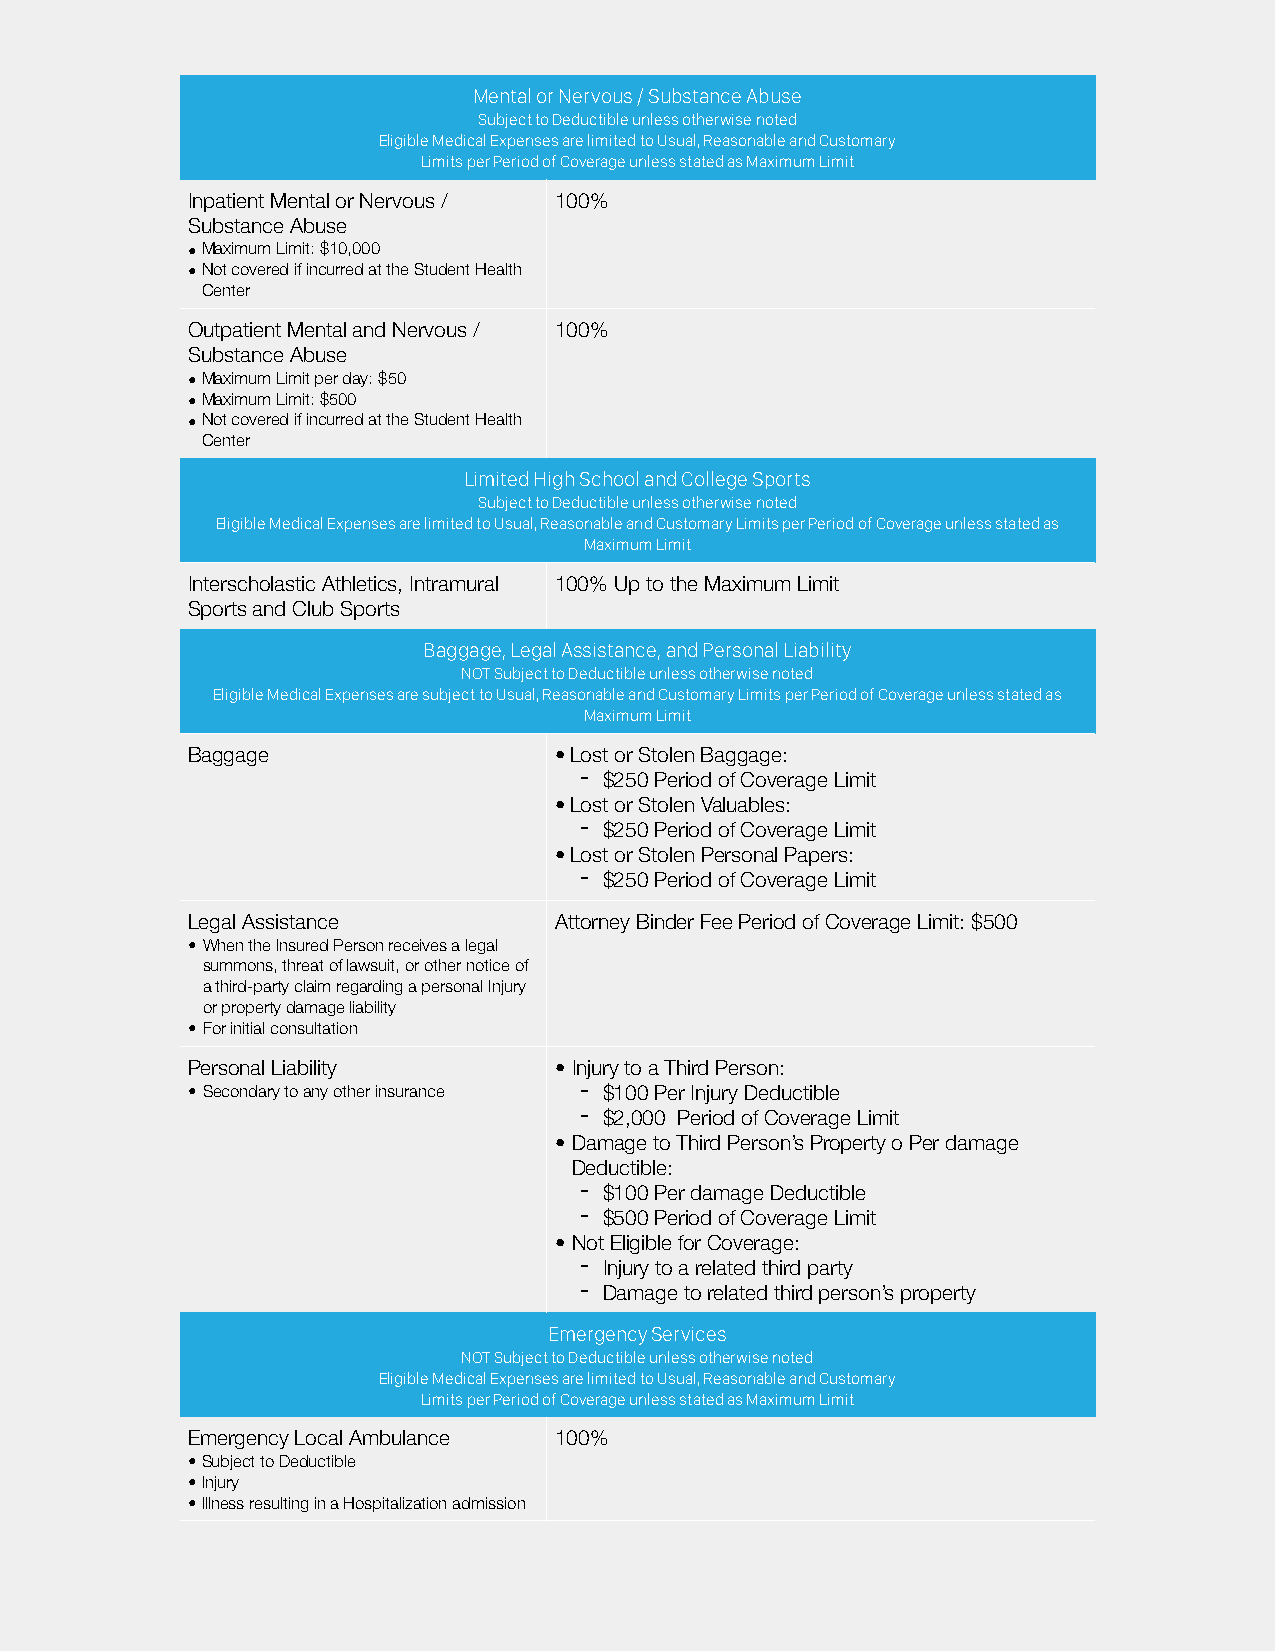
Mental or Nervous / Substance Abuse
 Subject to Deductible unless otherwise noted
 Eligible Medical Expenses are limited to Usual, Reasonable and Customary
 Limits per Period of Coverage unless stated as Maximum Limit
 Inpatient Mental or Nervous / 100%
 Substance Abuse
 •Maximum Limit: $10,000
 •Not covered if incurred at the Student Health
 Center
 Outpatient Mental and Nervous / 100%
 Substance Abuse
 •Maximum Limit per day: $50
 •Maximum Limit: $500
 •Not covered if incurred at the Student Health
 Center
 Limited High School and College Sports
 Subject to Deductible unless otherwise noted
 Eligible Medical Expenses are limited to Usual, Reasonable and Customary Limits per Period of Coverage unless stated as
 Maximum Limit
 Interscholastic Athletics, Intramural 100% Up to the Maximum Limit
 Sports and Club Sports
 Baggage, Legal Assistance, and Personal Liability
 NOT Subject to Deductible unless otherwise noted
 Eligible Medical Expenses are subject to Usual, Reasonable and Customary Limits per Period of Coverage unless stated as
 Maximum Limit
 Baggage                  •Lost or Stolen Baggage:
 - $250 Period of Coverage Limit
 •Lost or Stolen Valuables:
 - $250 Period of Coverage Limit
 •Lost or Stolen Personal Papers:
 - $250 Period of Coverage Limit
 Legal Assistance         Attorney Binder Fee Period of Coverage Limit: $500
 • When the Insured Person receives a legal
 summons, threat of lawsuit, or other notice of
 a third-party claim regarding a personal Injury
 or property damage liability
 • For initial consultation
 Personal Liability       • Injury to a Third Person:
 • Secondary to any other insurance - $100 Per Injury Deductible
 - $2,000 Period of Coverage Limit
 • Damage to Third Person’s Property o Per damage
 Deductible:
 - $100 Per damage Deductible
 - $500 Period of Coverage Limit
 • Not Eligible for Coverage:
 - Injury to a related third party
 - Damage to related third person’s property
 Emergency Services
 NOT Subject to Deductible unless otherwise noted
 Eligible Medical Expenses are limited to Usual, Reasonable and Customary
 Limits per Period of Coverage unless stated as Maximum Limit
 Emergency Local Ambulance 100%
 •Subject to Deductible
 •Injury
 •Illness resulting in a Hospitalization admission